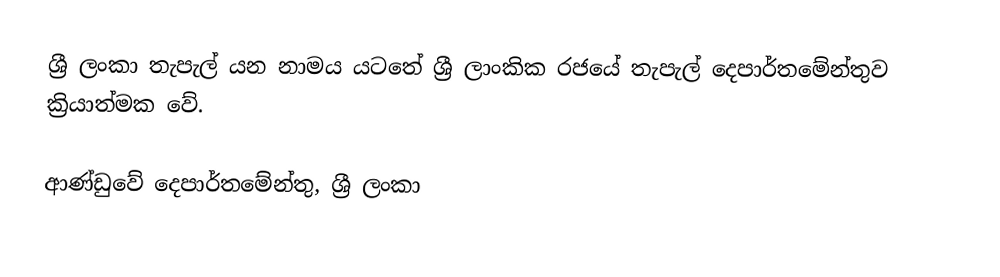
ශ්‍රී ලංකා තැපැල් යන නාමය යටතේ ශ්‍රී ලාංකික රජයේ තැපැල් දෙපාර්තමේන්තුව ක්‍රියාත්මක වේ.

ආණ්ඩුවේ දෙපාර්තමේන්තු, ශ්‍රී ලංකා